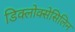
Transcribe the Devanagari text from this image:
डिक्लोक्सेसिलिन